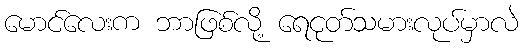
မောင်လေးက ဘာဖြစ်လို့ ရေငုတ်သမားလုပ်မှာလဲ